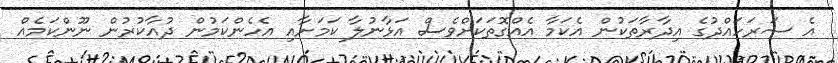
އެ ސަރަހައްދުގެ އިދާރާތަކުން އެކަމާ އެއްގޮތަކަށްވެސް އަޅާނުލާ ކަމަށާއި އެހެންކަމުން ދުއާކުރުން ނޫންކަމެއް